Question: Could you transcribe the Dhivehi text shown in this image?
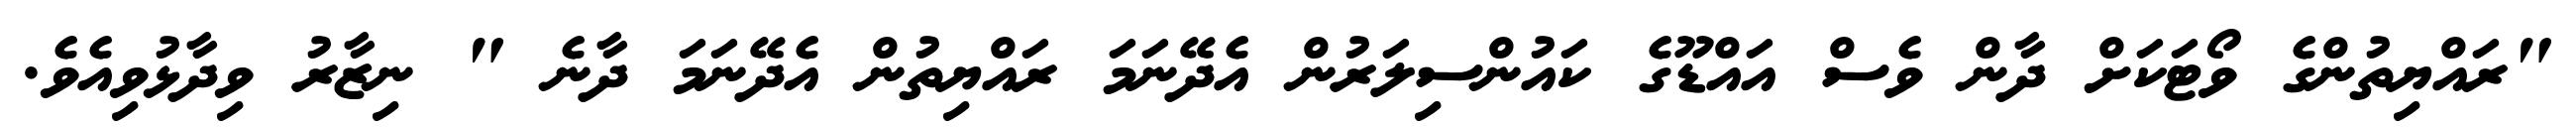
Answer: "ރައްޔިތުންގެ ވޯޓަކަށް ދާން ވެސް އައްޑޫގެ ކައުންސިލަރުން އެދޭނަމަ ރައްޔިތުން އެދޭނަމަ ދާނެ " ނިޒާރު ވިދާޅުވިއެވެ.